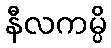
နီလကမ္ပိ